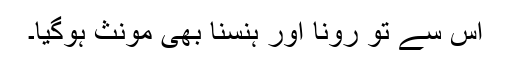
اس سے تو رونا اور ہنسنا بھی مونث ہوگیا۔